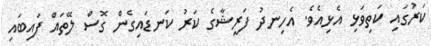
ކަރުގައި ކަތިވަޅި އެޅިއެވެ. އެހިނދު ފަރީޝާގެ ކަރު ކަނޑައިގެން ގޮސް ލޭތައް ފައިބައި